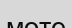
мөте